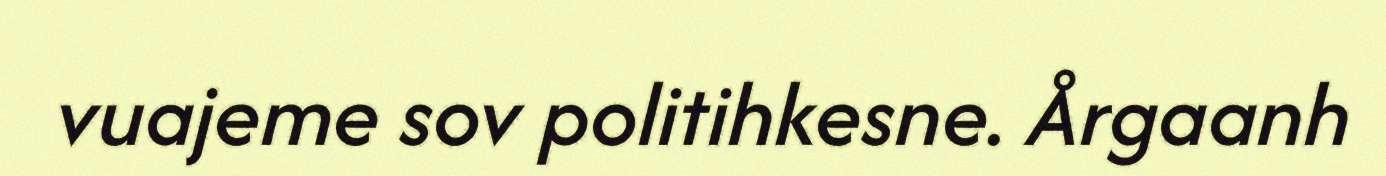
vuajeme sov politihkesne. Årgaanh